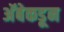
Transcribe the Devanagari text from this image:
अॅबेकडून